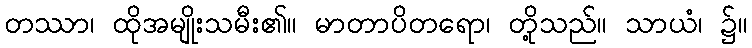
တဿာ၊ ထိုအမျိုးသမီး၏။ မာတာပိတရော၊ တို့သည်။ သာယံ၊ ၌။